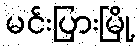
မင်းပြားမြို့